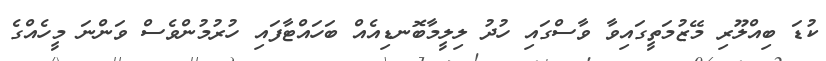
ކުޑަ ބިއްލޫރި މޭޒުމަތީގައިވާ ވާސްގައި ހުދު ލިލީމާބޮނޑިއެއް ބަހައްޓާފައި ހުރުމުންވެސް ވަންނަ މީހެއްގެ